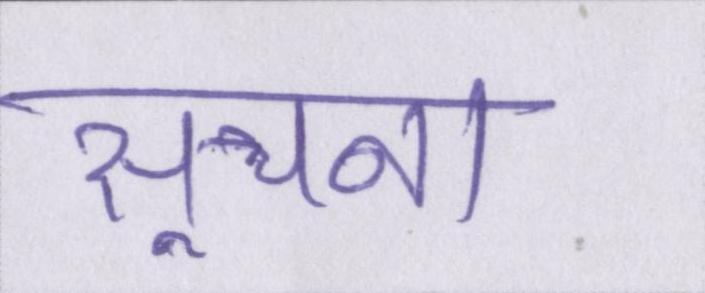
सूचना